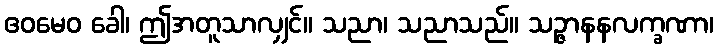
ဧဝမေဝ ခေါ၊ ဤအတူသာလျှင်။ သညာ၊ သညာသည်။ သဉ္ဇာနနလက္ခဏာ၊